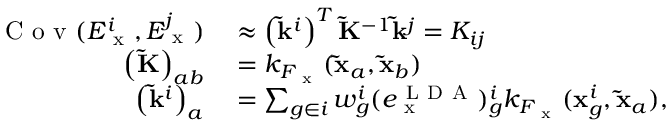
\begin{array} { r l } { \mathrm { ~ C ~ o ~ v ~ } ( E _ { \mathrm { ~ x ~ } } ^ { i } , E _ { \mathrm { ~ x ~ } } ^ { j } ) } & { { } \approx \left( \mathbf { \tilde { k } } ^ { i } \right) ^ { T } \mathbf { \widetilde { K } } ^ { - 1 } \mathbf { \tilde { k } } ^ { j } = K _ { i j } } \\ { \left( \mathbf { \widetilde { K } } \right) _ { a b } } & { { } = k _ { F _ { \mathrm { ~ x ~ } } } ( \mathbf { \tilde { x } } _ { a } , \mathbf { \tilde { x } } _ { b } ) } \\ { \left( \mathbf { \tilde { k } } ^ { i } \right) _ { a } } & { { } = \sum _ { g \in i } w _ { g } ^ { i } ( e _ { \mathrm { ~ x ~ } } ^ { \mathrm { ~ L ~ D ~ A ~ } } ) _ { g } ^ { i } k _ { F _ { \mathrm { ~ x ~ } } } ( \mathbf { x } _ { g } ^ { i } , \mathbf { \tilde { x } } _ { a } ) , } \end{array}